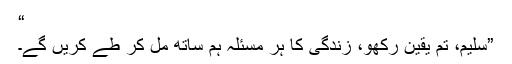
“
”سلیم، تم یقین رکھو، زندگی کا ہر مسئلہ ہم ساتھ مل کر طے کریں گے۔